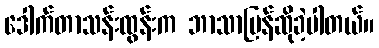
ဒေါက်တာသန်းထွန်းက ဘာသာပြန်ဆိုခဲ့ပါတယ်။